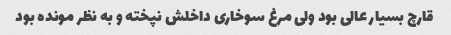
قارچ بسیار عالى بود ولى مرغ سوخارى داخلش نپخته و به نظر مونده بود